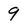
Character: 9